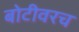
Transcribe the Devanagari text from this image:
बोटीवरच